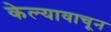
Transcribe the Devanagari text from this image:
केल्यावाचून